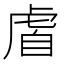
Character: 𫊡